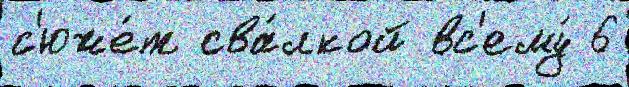
с'юже́т сва́лкой вс'ему́ 6